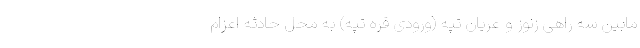
مابین سه راهی زنوز و عریان تپه (ورودی قره تپه) به محل حادثه اعزام